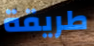
طريقة